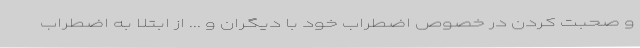
و صحبت کردن در خصوص اضطراب خود با دیگران و ... از ابتلا به اضطراب